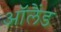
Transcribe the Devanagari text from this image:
ऑलैंड